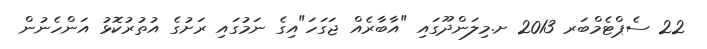
22 ސެޕްޓެމްބަރ 2013 ށ.މިލަންދޫގައި "އާބާރެއް ޖަގަހަ"އިގެ ނަމުގައި ރަށުގެ އުތުރުކޮޅު އަންހެނުން